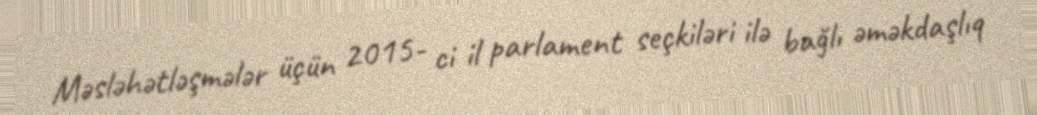
Məsləhətləşmələr üçün 2015- ci il parlament seçkiləri ilə bağlı əməkdaşlıq